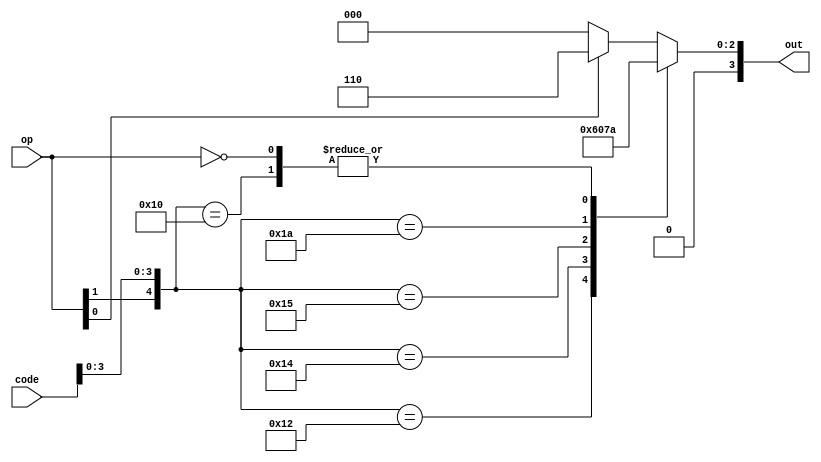
module ALU_Ctrl( op, code, out );
input [1:0] op;
input [5:0] code;
output [3:0] out;

	assign out = ctrl( {op, code} );

	function [3:0] ctrl;
	input [7:0] in;
	begin
		casex (in)
			8'b1xxx0000 : ctrl = 4'b0010;
			8'b1xxx0010 : ctrl = 4'b0110;
			8'b1xxx0100 : ctrl = 4'b0000;
			8'b1xxx0101 : ctrl = 4'b0001;
			8'b1xxx1010 : ctrl = 4'b0111;
			8'b00xxxxxx : ctrl = 4'b0010;
			8'bx1xxxxxx : ctrl = 4'b0110;
			default : ctrl = 4'b0000;
		endcase
	end
	endfunction

endmodule